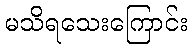
မသိရသေးကြောင်း